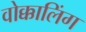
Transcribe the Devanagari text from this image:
वोक्कालिंग